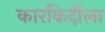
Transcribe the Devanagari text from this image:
कारकिर्दीला